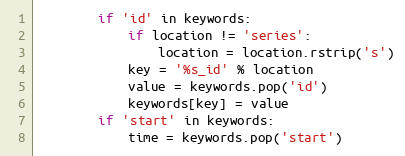
Language: Python
        if 'id' in keywords:
            if location != 'series':
                location = location.rstrip('s')
            key = '%s_id' % location
            value = keywords.pop('id')
            keywords[key] = value
        if 'start' in keywords:
            time = keywords.pop('start')